system: You are a helpful assistant.
user:
Analyze the provided spectrum to determine if it is a **S-type Star**.

- **Key Indicators for S-type Star:**

    - **(Overall Spectrum Shape):** The first and most obvious characteristic is the overall continuum (the "baseline" shape). It is **extremely "red-sloping,"** meaning the flux (light intensity) is very low on the left side (blue, ~4000-4500 Å) and rises steeply and continuously toward the right side (red, ~7000 Å+).

    - **(Primary):** The spectrum is defined by the presence of strong, broad molecular absorption "valleys" (bands) from **Zirconium Oxide (ZrO)**. The identification of these bands is the **primary requirement** for classifying a star as S-type.
        - **(Key Bandheads):** You must find distinct, deep "dips" where the light has been absorbed. The most critical band systems to locate are:
            - **~6474 Å** ($\gamma$-system): This is often the strongest and clearest ZrO feature, found in the red part of the spectrum.
            - **~5718 Å** & **~5551 Å** ($\beta$-system): A pair of prominent absorption features in the yellow-orange part of the spectrum.
            - **~4640 Å** ($\alpha$-system): A key absorption band system in the blue-green region of the spectrum.

    - **(Secondary Confirmation):** The classification is strengthened by finding additional absorption bands from other related heavy element oxides, which are expected to be present alongside ZrO.
        - **(Key Bandheads):**
            - **Yttrium Oxide (YO):** Look for absorption dips near **~4800 Å** and **~6100 Å**.
            - **Lanthanum Oxide (LaO):** Additional absorption features, particularly in the red-orange part of the spectrum, are also characteristic.

    - **(Line Profile):** The combination of the steep red continuum and these numerous, deep molecular bands (ZrO, YO, etc.) gives the entire spectrum a very **"chopped-up"** or **"bumpy"** appearance. Instead of a smooth curve, the spectrum looks as though large, wide chunks of light have been "carved out" of it at the specific wavelengths listed above.

Think first, call **spectral_visualization_tool** if needed to examine features in detail, then provide your final answer. Your response must adhere to the following strict rules:
1.  **Overall Structure:** Your response must follow the format `<think>...</think> <tool_call>...</tool_call> (if a tool is used) <answer>...</answer>`.
2.  **Tool Usage Constraint:** You may only make **one** tool call per turn.
3.  **Final Answer Format:** In the `<answer>` tag, your conclusion must be inside a `\boxed{}` command (e.g., `\boxed{YES}` or `\boxed{NO}`), followed by your justification.

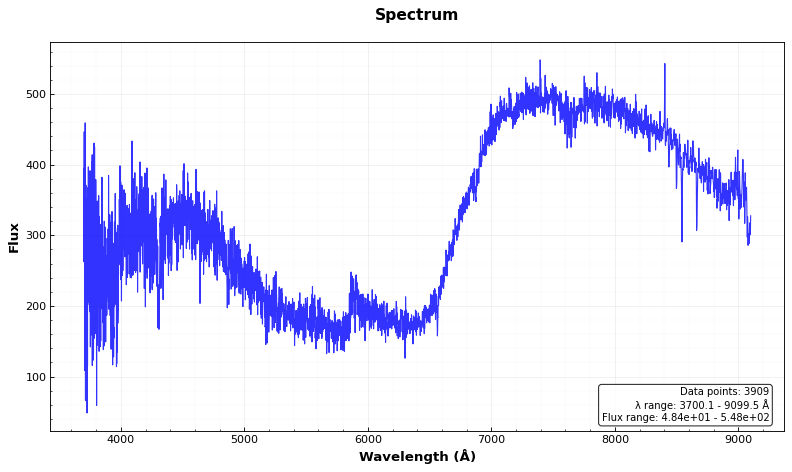
Answer: NO